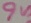
Text: 9V